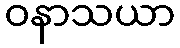
ဝနာသယာ